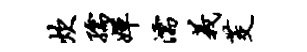
炊孺婵濡义茭